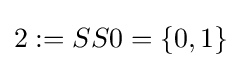
2:=SS0=\{0,1\}